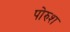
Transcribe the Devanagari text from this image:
पोरुश